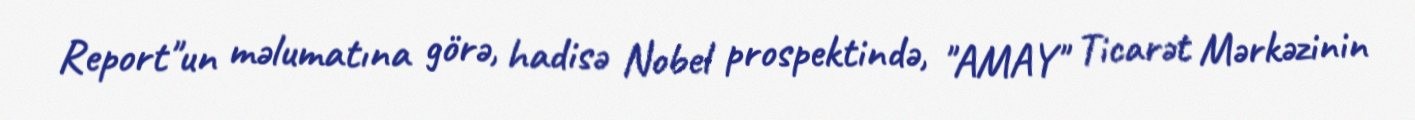
Report"un məlumatına görə, hadisə Nobel prospektində, "AMAY" Ticarət Mərkəzinin